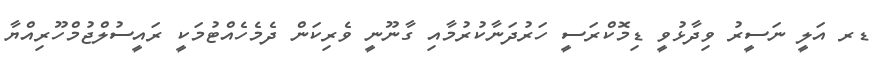
ޑރ އަލީ ނަސީރު ވިދާޅުވީ ޑިމޮކްރަސީ ހަރުދަނާކުރުމާއި ގާނޫނީ ވެރިކަން ދެމެހެއްޓުމަކީ ރައީސުލްޖުމްހޫރިއްޔާ